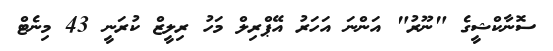
ސޮނާކްޝީގެ "ނޫރު" އަންނަ އަހަރު އޭޕްރިލް މަހު ރިލީޒް ކުރަނީ 43 މިނެޓް